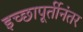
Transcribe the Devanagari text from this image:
इच्छापूर्तीनंतर